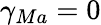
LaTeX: \gamma_{Ma}=0